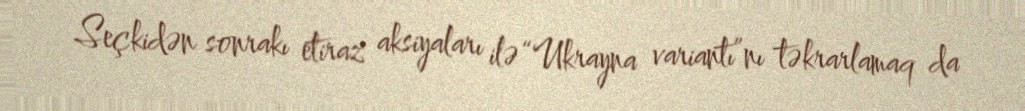
Seçkidən sonrakı etiraz aksiyaları ilə “Ukrayna variantı”nı təkrarlamaq da